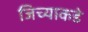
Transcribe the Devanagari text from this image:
जिच्याकडे